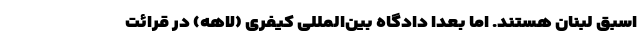
اسبق لبنان هستند. اما بعدا دادگاه بین‌المللی کیفری (لاهه) در قرائت